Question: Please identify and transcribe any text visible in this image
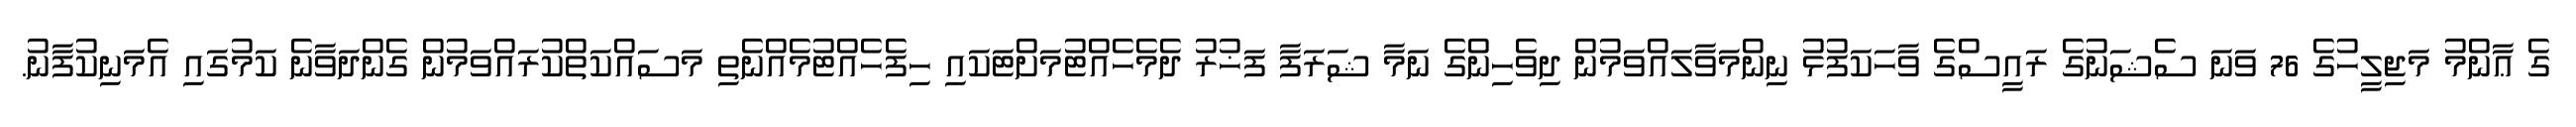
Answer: ގެ ޢާންމު މަޖިލީހުގެ 76 ވަނަ ސެޝަނުގެ ރައީސްގެ ވާހަކަފުޅު ނިންމަވާލައްވަމުން ދިވެހިންގެ ނަމާ ޝަރަފާ ފަޚުރު ދެމެހެއްޓުމަށްޓަކައި ހިފެހެއްޓުމެއްނެތި މަސައްކަތްކުރައްވަމުން ގެންދަވާނެ ކަމުގައި އެމަނިކުފާނު.